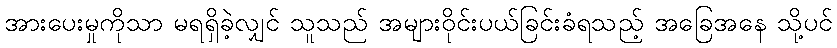
အားပေးမှုကိုသာ မရရှိခဲ့လျှင် သူသည် အများဝိုင်းပယ်ခြင်းခံရသည့် အခြေအနေ သို့ပင်